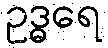
ဥဒ္ဓရေ